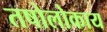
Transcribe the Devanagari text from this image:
तषोलोकाय